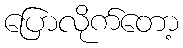
ပြောလိုက်တော့